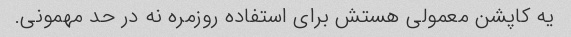
یه کاپشن معمولی هستش برای استفاده روزمره نه در حد مهمونی.